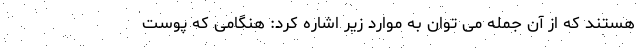
هستند که از آن جمله می توان به موارد زیر اشاره کرد: هنگامی که پوست